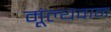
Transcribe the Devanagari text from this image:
मूंल्‍यवान